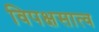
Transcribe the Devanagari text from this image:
विपक्षसात्व